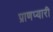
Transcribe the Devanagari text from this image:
प्राणप्यारी